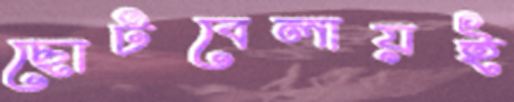
ছোটবেলায়ই